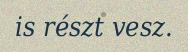
is részt vesz.